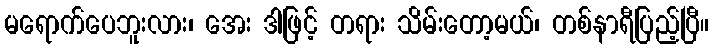
မရောက်ပေဘူးလား၊ အေး ဒါဖြင့် တရား သိမ်းတော့မယ်၊ တစ်နာရီပြည့်ပြီ။